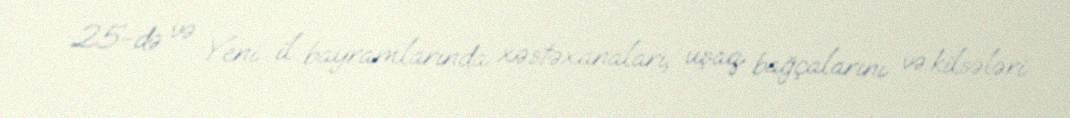
25-də və Yeni il bayramlarında xəstəxanaları, uşaq bağçalarını və kilsələri